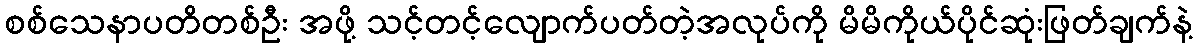
စစ်သေနာပတိတစ်ဦး အဖို့ သင့်တင့်လျောက်ပတ်တဲ့အလုပ်ကို မိမိကိုယ်ပိုင်ဆုံးဖြတ်ချက်နဲ့